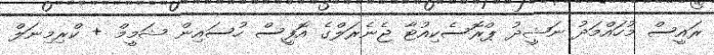
ރައީސް މުހައްމަދު ނަޝީދު ޕްރޮސެކިއުޓާ ޖެނެރަލްގެ އޮފީސް ހުސައިން ޝަމީމް + ކްރިމިނަލް